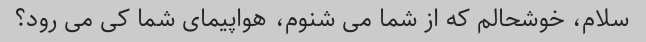
سلام، خوشحالم که از شما می شنوم، هواپیمای شما کی می رود؟